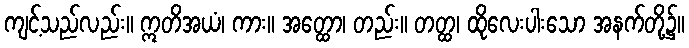
ကျင့်သည်လည်း။ ဣတိအယံ၊ ကား။ အတ္ထော၊ တည်း။ တတ္ထ၊ ထိုလေးပါးသော အနက်တို့၌။